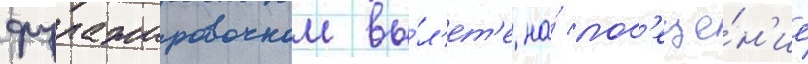
фуражировочном вы́л'ет'е на́ пос'еще́н'ие